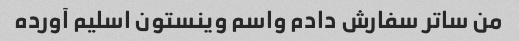
من ساتر سفارش دادم واسم وینستون اسلیم آورده